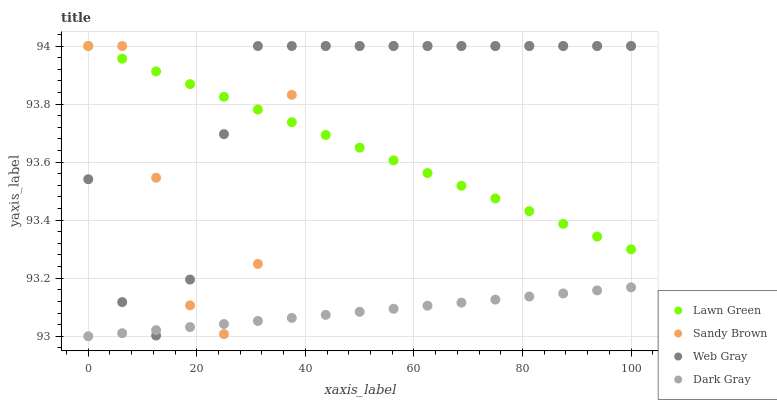
| xaxis_label | Lawn Green | Sandy Brown | Web Gray | Dark Gray |
 | --- | --- | --- | --- | --- |
 | 0 | 94 | 94 | 93.5 | 93 |
 | 6.25 | 94 | 94 | 93.1 | 93 |
 | 12.5 | 93.9 | 93.5 | 93 | 93 |
 | 18.8 | 93.9 | 93.1 | 93.2 | 93 |
 | 25 | 93.8 | 93 | 93.7 | 93 |
 | 31.2 | 93.8 | 93.2 | 94 | 93.1 |
 | 37.5 | 93.7 | 93.8 | 94 | 93.1 |
 | 43.8 | 93.7 | 94 | 94 | 93.1 |
 | 50 | 93.6 | 94 | 94 | 93.1 |
 | 56.2 | 93.6 | 94 | 94 | 93.1 |
 | 62.5 | 93.6 | 94 | 94 | 93.1 |
 | 68.8 | 93.5 | 94 | 94 | 93.1 |
 | 75 | 93.5 | 94 | 94 | 93.1 |
 | 81.2 | 93.4 | 94 | 94 | 93.1 |
 | 87.5 | 93.4 | 94 | 94 | 93.1 |
 | 93.8 | 93.3 | 94 | 94 | 93.2 |
 | 100 | 93.3 | 94 | 94 | 93.2 |